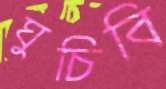
ঘুচিবি